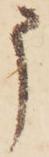
申